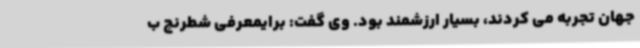
جهان تجربه می کردند، بسیار ارزشمند بود. وی گفت: برایمعرفی شطرنج ب